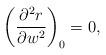
LaTeX: \begin{align*} \left(\frac{\partial^2r}{\partial w^2}\right)_0=0,\end{align*}